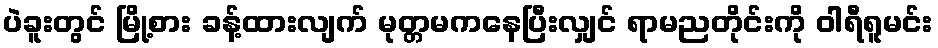
ပဲခူးတွင် မြို့စား ခန့်ထားလျက် မုတ္တမကနေပြီးလျှင် ရာမညတိုင်းကို ဝါရီရူမင်း